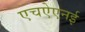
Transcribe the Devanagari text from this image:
एचऐएनई